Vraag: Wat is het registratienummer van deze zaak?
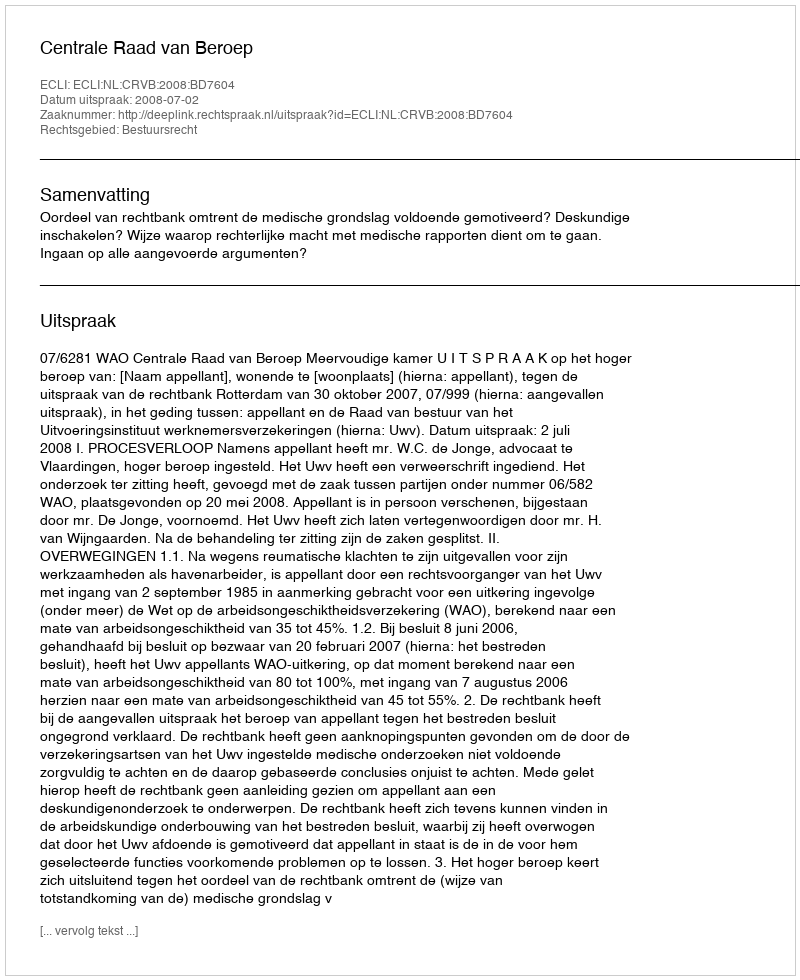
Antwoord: http://deeplink.rechtspraak.nl/uitspraak?id=ECLI:NL:CRVB:2008:BD7604